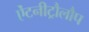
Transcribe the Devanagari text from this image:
ऐंटनीट्रौलौप